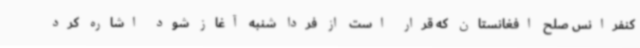
کنفرانس صلح افغانستان که قرار است از فردا شنبه آغاز شود اشاره کرد